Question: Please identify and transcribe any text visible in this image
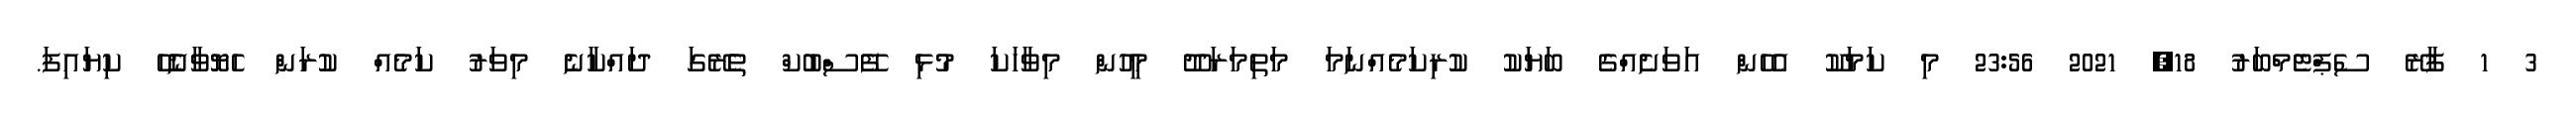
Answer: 3 1 ފާރޭ ސެޕްޓެމްބަރު 18, 2021 23:56 މި ކަމަކޫ އެހެން އަވަށެއްގެ ބަޔަކު ކުރިކަމެއްނަމަ މަތިމަރަދޫ މީހުން މިވާހަކަ މުޅި ފޭސްބުކް ތެރޭގަ ދައްކާނެ މިވަރު ކަމެއް ކުރަން ހެޔޮވާނެހޭ ކިޔައިފަ.